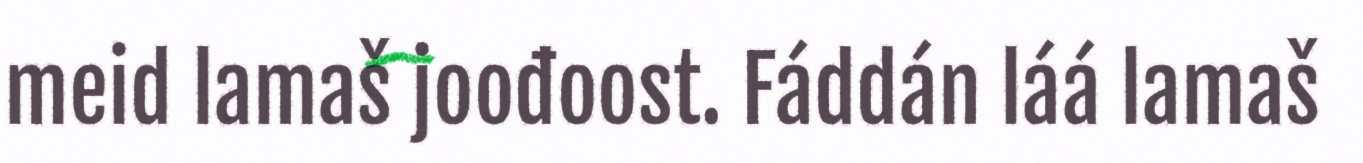
meid lamaš joođoost. Fáddán láá lamaš